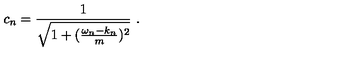
c _ { n } = \frac { 1 } { \sqrt { 1 + ( { \frac { \omega _ { n } - k _ { n } } { m } } ) ^ { 2 } } } \ .